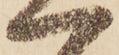
へ